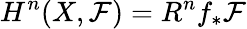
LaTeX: H^{n}(X,{\mathcal{F}})=R^{n}f_{*}{\mathcal{F}}